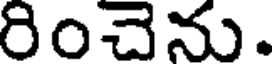
రించెను.